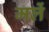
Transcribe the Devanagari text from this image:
मलें